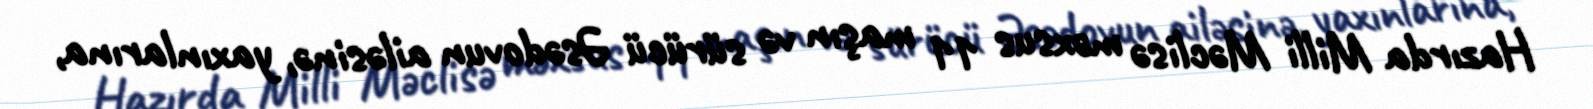
Hazırda Milli Məclisə məxsus 11 maşın və sürücü Əsədovun ailəsinə, yaxınlarına,